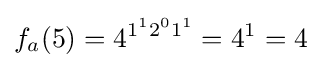
f_{a}(5)=4^{1^{1}2^{0}1^{1}}=4^{1}=4